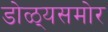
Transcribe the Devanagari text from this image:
डोळ्यसमोर